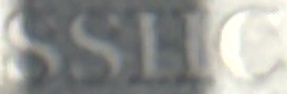
SSHC